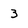
Character: 3